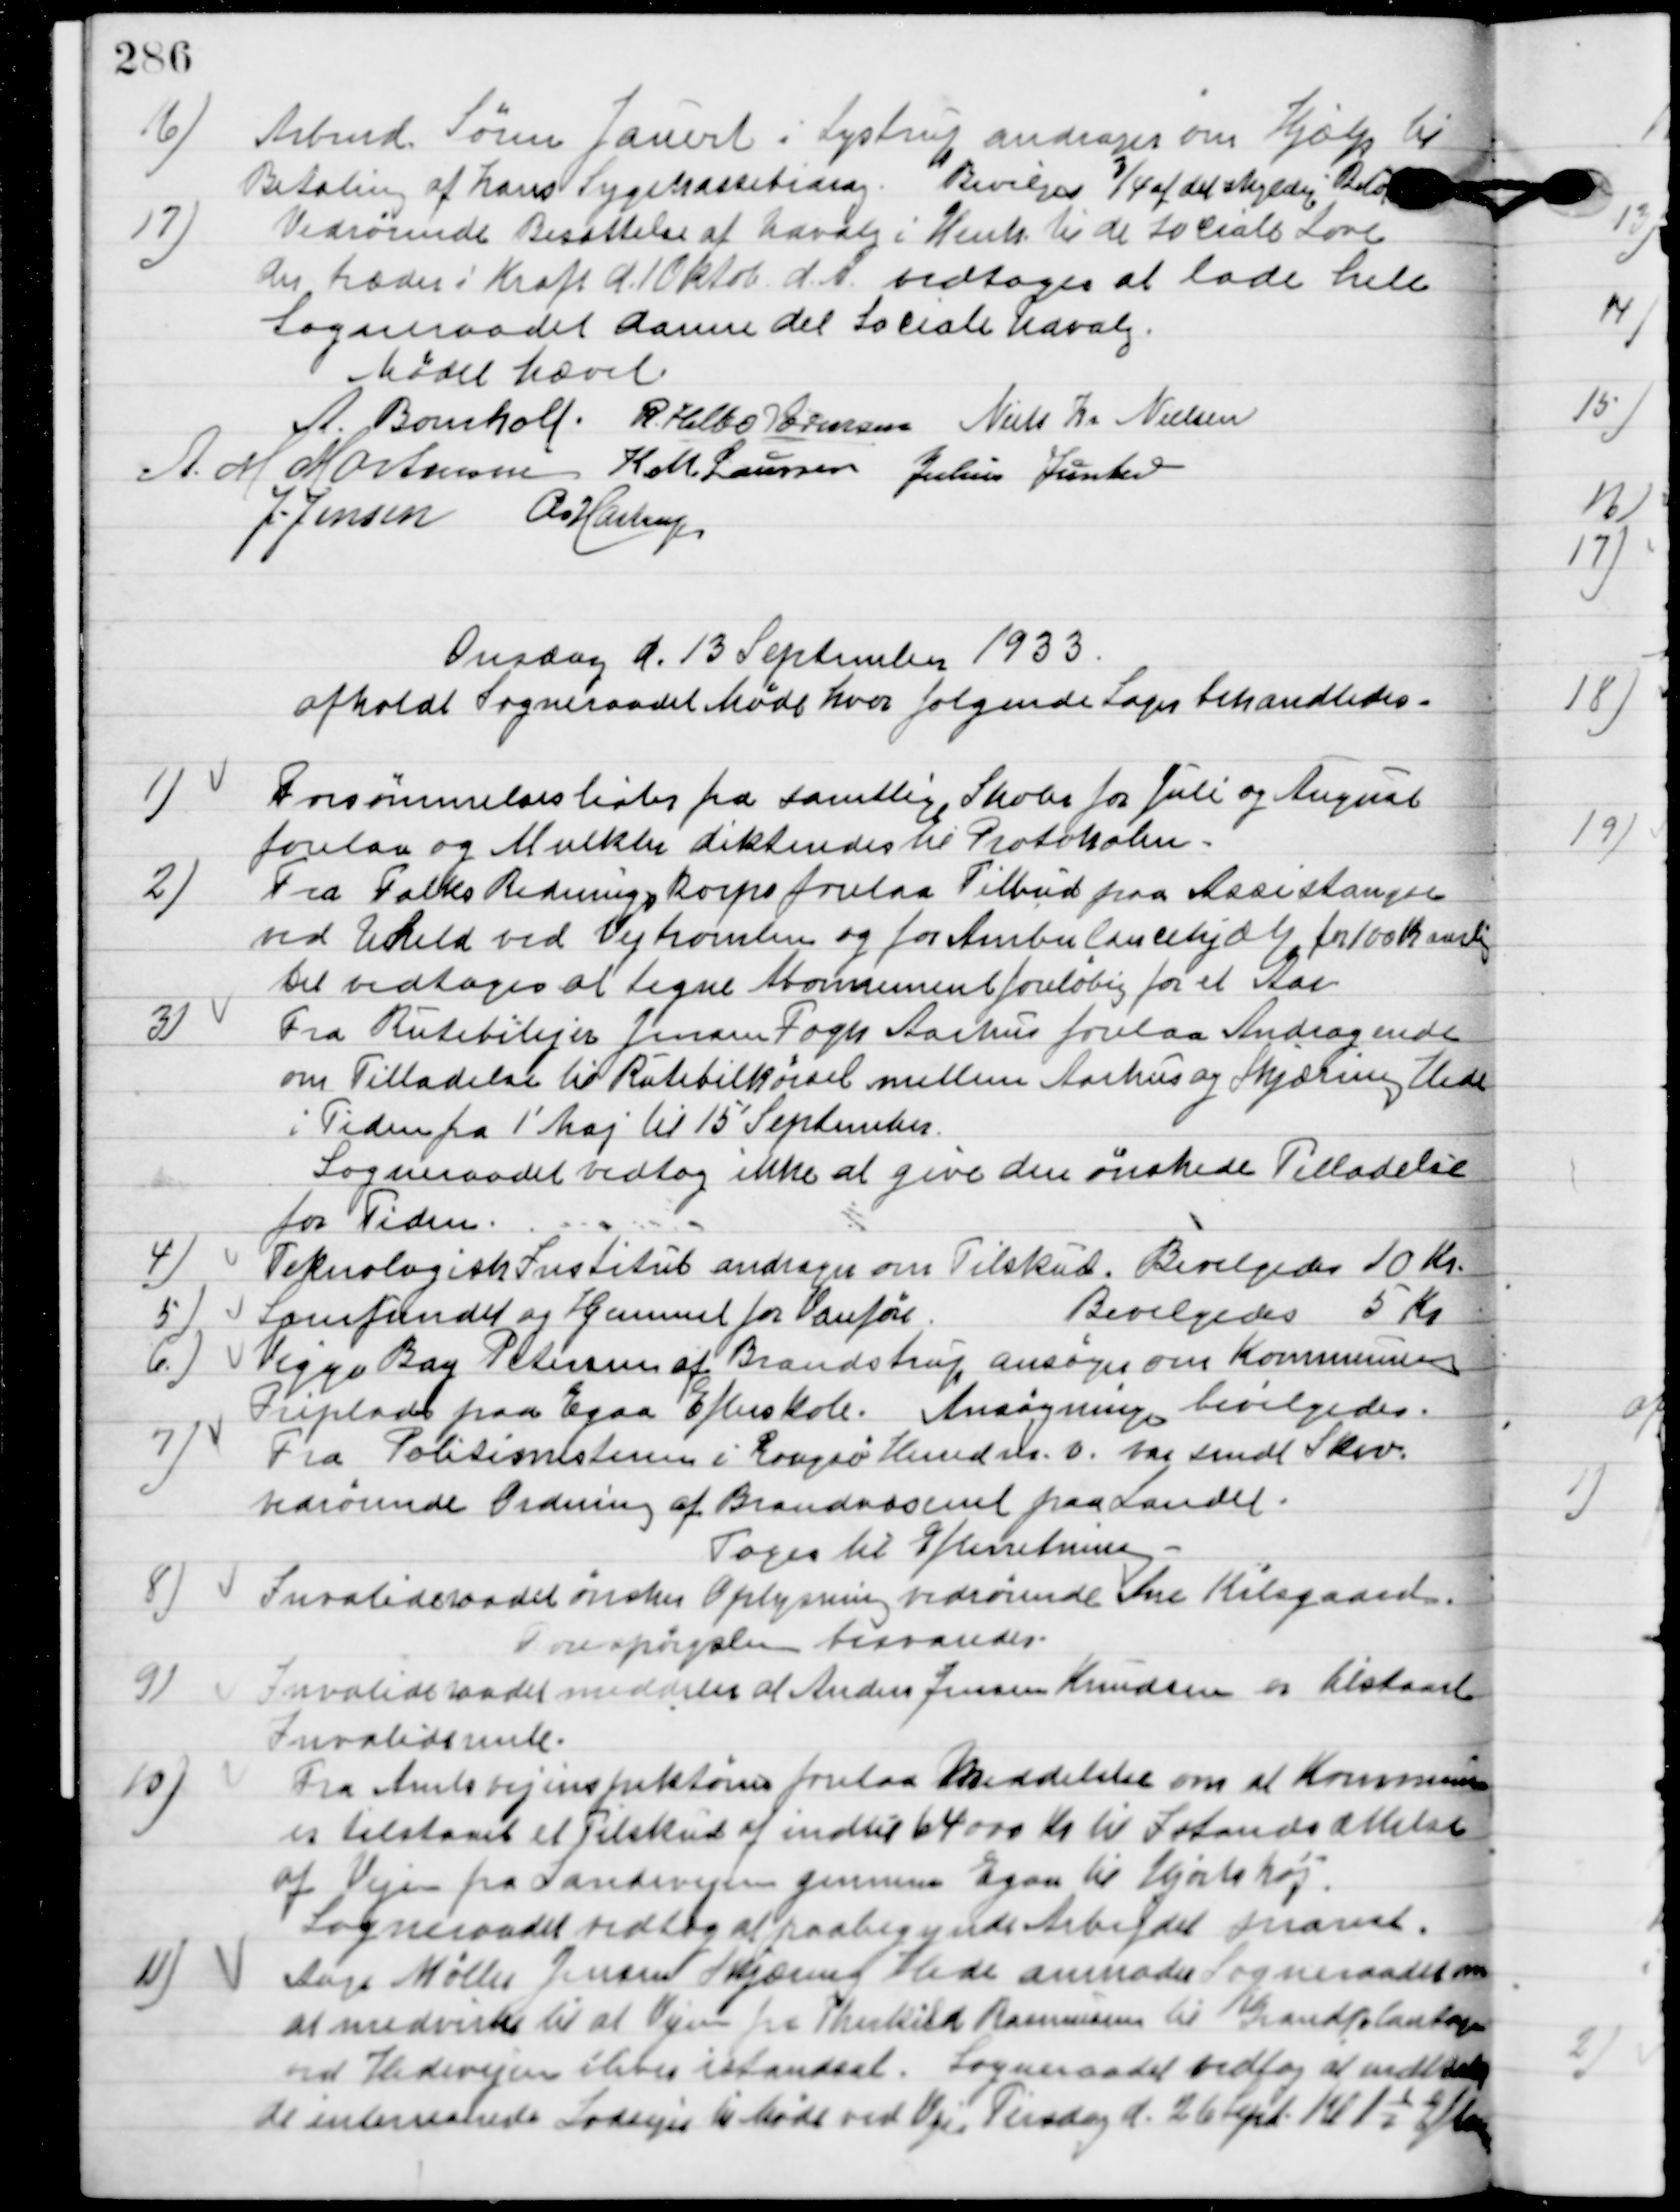
Transskription:
16

Arbmd. Søren Jauert i Lystrup andrager om hjælp til
Betaling af hans Sygekassebedrag.
Bevilget ¾ af det skyldige Beløb.

17.

Vedrørende Besættelse af Udvalg i Henh. til de Sociale Love
der træder i Kraft d. 10 Oktob. d. A.
Vedtoges at lade hele
Sogneraadet danne det Sociale Udvalg.

Mødet hævet.

A. Bomholt
R. Helbo Sørensen
Niels Chr. Nielsen
A.  M. Mortensen
K. M. Laursen
Julius Junker
J. Jensen
A. Hastrup

Onsdag d. 13 September 1933
afholdt Sogneraadet Møde hvor følgende Sager behandledes.

1

Forsømmelseslister for samtlige Skolerfor Juli og August
forelaa og Mulkter dikteredes til Protokollen.

2.

Fra Falks Rednings Korps forelaa Tilbud paa assistance
ved Uheld ved Vejtromlen og for Ambulancehjælp for 100 Kr. aarlig.
Det vedtoges at tegne Abonnement foreløbig for et Aar.

3.

Fra Rutebilejer Jensen Fogh Aarhus forelaa Andragende
om Tilladelse til Rutebilkørsel mellem Aarhus og Skjæring Hede
i Tiden fra 1´Maj til 15´September.
Sogneraadet vedtog ikke at give den ønskede Tilladelse
for Tiden.

4.

Teknologisk Institut andrager om Tilskud .
Bevilgedes 10 Kr.

5

Samfundet og hjemmet for Vanføre.
Bevilgedes 5 Kr.

6.

Viggo Bay Petersen af Brandstrup ansøger om kommunens
Friplads paa Egaa Efterskole.
Ansøgningen bevilgedes.

7.

Fra Politimesteren i Rougsø Herred m. v. sag sendt Skrivelse
vedrørende Ordning af Brandvæsenet paa Landet.
Toges til Efterretning.

8

Invalideraadet ønsker Oplysning vedrørende Ane Kilsgaard.
Forespørgslen tilraades.

9.

Indvalideraadet meddeler at Anders Jensen Knudsen er tilstaaet
Invalidrente.

10.

Fra Amtsvejinspektøren forelaa Meddelelse om at Kommunen
er tilstaaet et Tilskud af indtil 64000 Kr. til Istandsættelse
af Vejen fra Landevejen gennem Egaa til Hjortshøj.
Sogneraadet vedtog at paabegynde Arbejdet snarest.

11

Aage Møller Jensen Skæring Hede anmoder Sogneraaet om
at medvirke til at Vejen fra Thorkild Rasmussen til Grandplantagen
over Hedevejen bliver istandsat. Sogneraadet vedtog at indsende
de interesserede Lodsejer til Møde ved Veje Tirsdag d. 26 Septem. Kl. 1½ Efterm.